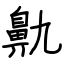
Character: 鼽